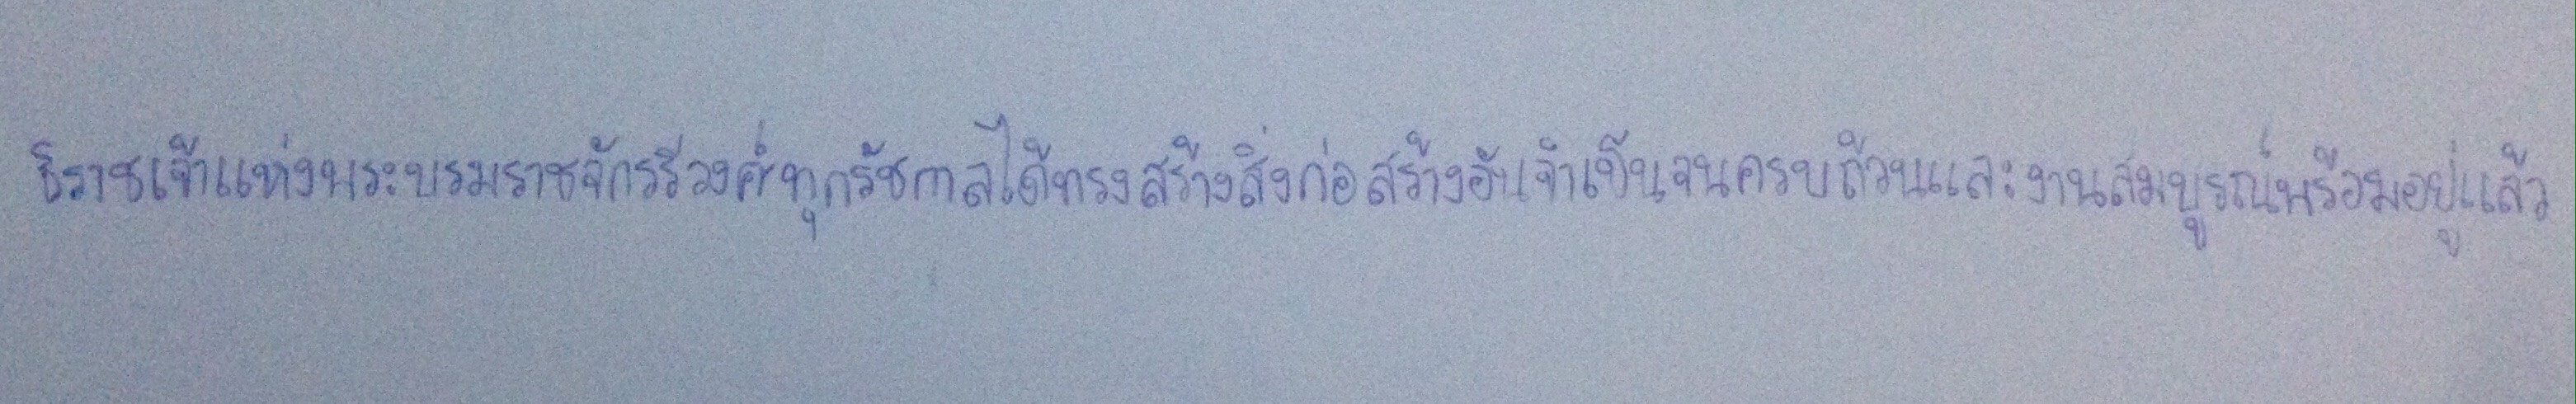
ธิราชเจ้าแห่งพระบรมราชจักรีวงศ์ทุกรัชกาลได้ทรงสร้างสิ่งก่อสร้างอันจำเป็นจนครบถ้วนและงานสมบูรณ์พร้อมอยู่แล้ว